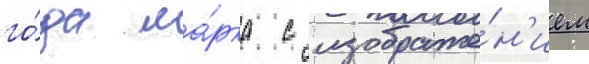
го́да ма́рка с изображе́н'ием